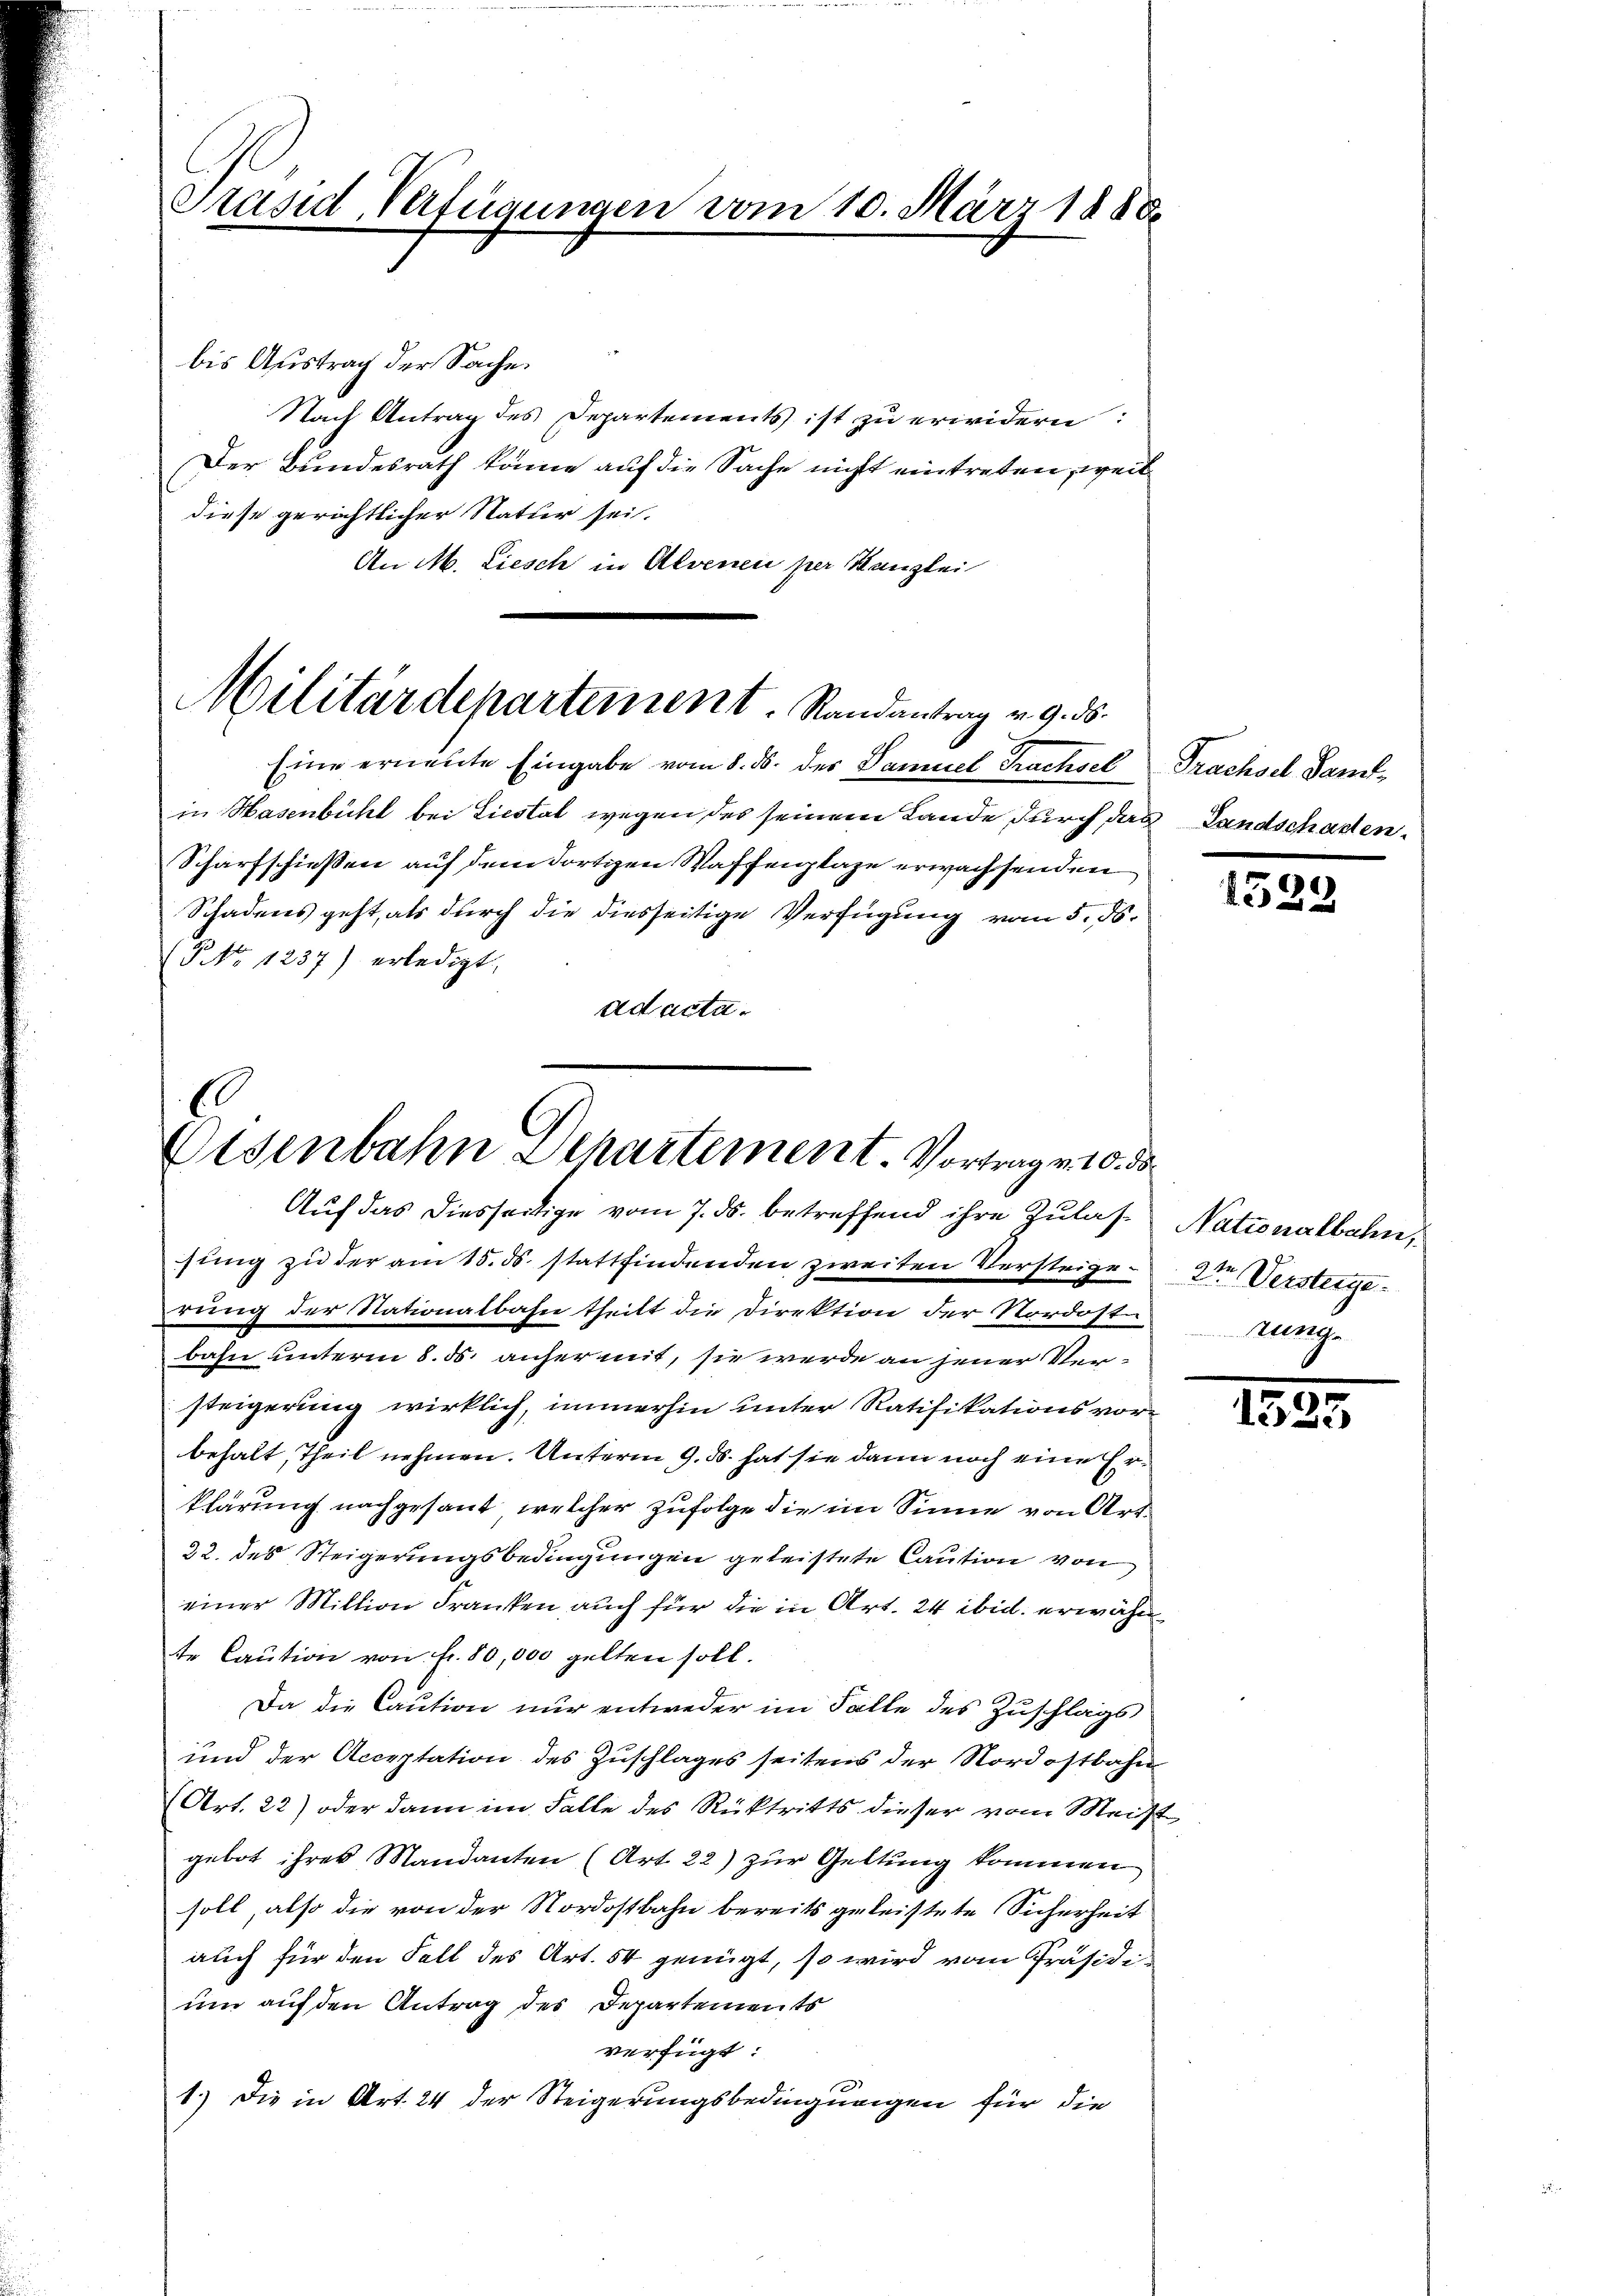
Präsid, Verfügungen vom 10. März 188

bis Austrag der Sache.
Nach Antrag des Departements ist zu erwidern:
Der Bundesrath könne auf die Sache nicht eintreten, weil
diese gerichtlicher Natur sei.
An M. Liesch in Alvenei per Kanzlei

Militärdepartement. Randantrag v. 9. ds.
Eine erneute Eingabe vom 8. ds. des Samuel Trachsel

in Hasenbühl bei Liestal wegen des seinem Lande durch das Landschaden-
Scharfschießen auf dem dortigen Waffenplaze erwachsenden
Schadens geht, als durch die diesseitige Verfügung vom 5. ds.
(P No 1237) erledigt,
ad acta.

s
Eisenbahn Departement. Vortrag v. 10. ds
Auf das diesseitige vom 7. ds. betreffend ihre Zulas Nationalbahn,

sung zu der am 15. ds. stattfindenden zweiten Versteigen 2te Versteigerung der Nationalbahn theilt die Direktion der Nordost. Zunge
bahn unterm 8. ds. anher mit, sie werde an jener Ver-
steigerung wirklich, immerhin unter Ratifikationsvorbehalt, Theil nehmen. Unterm 9. ds. hat sie dann noch eine Erklärung nachgesant, welcher Zufolge die im Sinne von Art.
22. des Steigerungsbedingungen geleistete Caution von
einer Million Franken, auch für die in Art. 24 ibid. erwähnte Caution von fr. 80,000 gelten soll.
Da die Caution nur entweder im Falle des Zuschlags
und der Acceptation des Zuschlages seitens der Nordostbahn
(Art. 22) oder dann im Falle des Rücktritts dieser vom Meist
gebot ihres Mandanten (Art. 22) zur Geltung kommen
soll, also die von der Nordostbahn bereits geleistete Sicherheit
auch für den Fall des Art. 54 genügt, so wird vom Präsidium auf den Antrag des Departements
verfügt:
1.) Die in Art. 24 der Steigerungsbedingungen für die

Prachsel Sand¬

1529

1831.